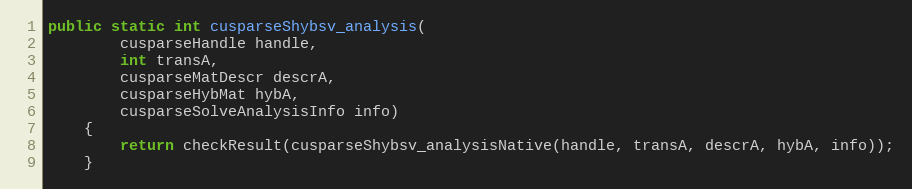
Language: Java
public static int cusparseShybsv_analysis(
        cusparseHandle handle,
        int transA,
        cusparseMatDescr descrA,
        cusparseHybMat hybA,
        cusparseSolveAnalysisInfo info)
    {
        return checkResult(cusparseShybsv_analysisNative(handle, transA, descrA, hybA, info));
    }